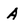
Character: A